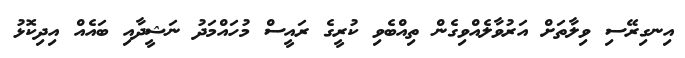
އިނގިރޭސި ވިލާތަށް އަރުވާލެއްވިގެން ތިއްބެވި ކުރީގެ ރައީސް މުހައްމަދު ނަޝީދާއި ބައެއް އިދިކޮޅު